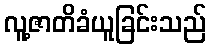
လူ့ဇာတိခံယူခြင်းသည်